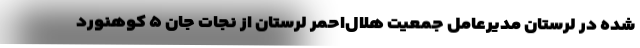
شده در لرستان مدیرعامل جمعیت هلال‌احمر لرستان از نجات جان ۵ کوهنورد